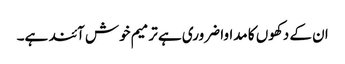
ان کے دکھوں کا مداوا ضروری ہے ترمیم خوش آئند ہے۔